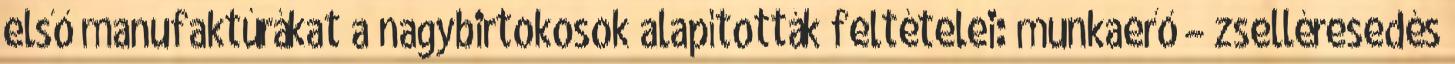
első manufaktúrákat a nagybirtokosok alapították feltételei: munkaerő – zselléresedés